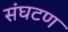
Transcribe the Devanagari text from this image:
संघटण